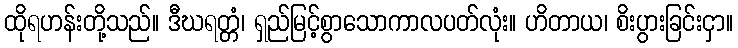
ထိုရဟန်းတို့သည်။ ဒီဃရတ္တံ၊ ရှည်မြင့်စွာသောကာလပတ်လုံး။ ဟိတာယ၊ စိးပွားခြင်းငှာ။